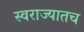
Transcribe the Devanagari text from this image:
स्वराज्यातच